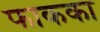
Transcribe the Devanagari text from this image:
फाकका